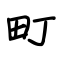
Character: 町